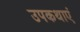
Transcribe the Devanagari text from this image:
उपकथाएं